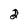
Character: 2